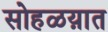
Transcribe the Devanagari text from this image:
सोहळय़ात